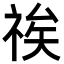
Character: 𮁽